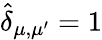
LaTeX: \widehat\delta_{\mu,\mu^{\prime}}=1